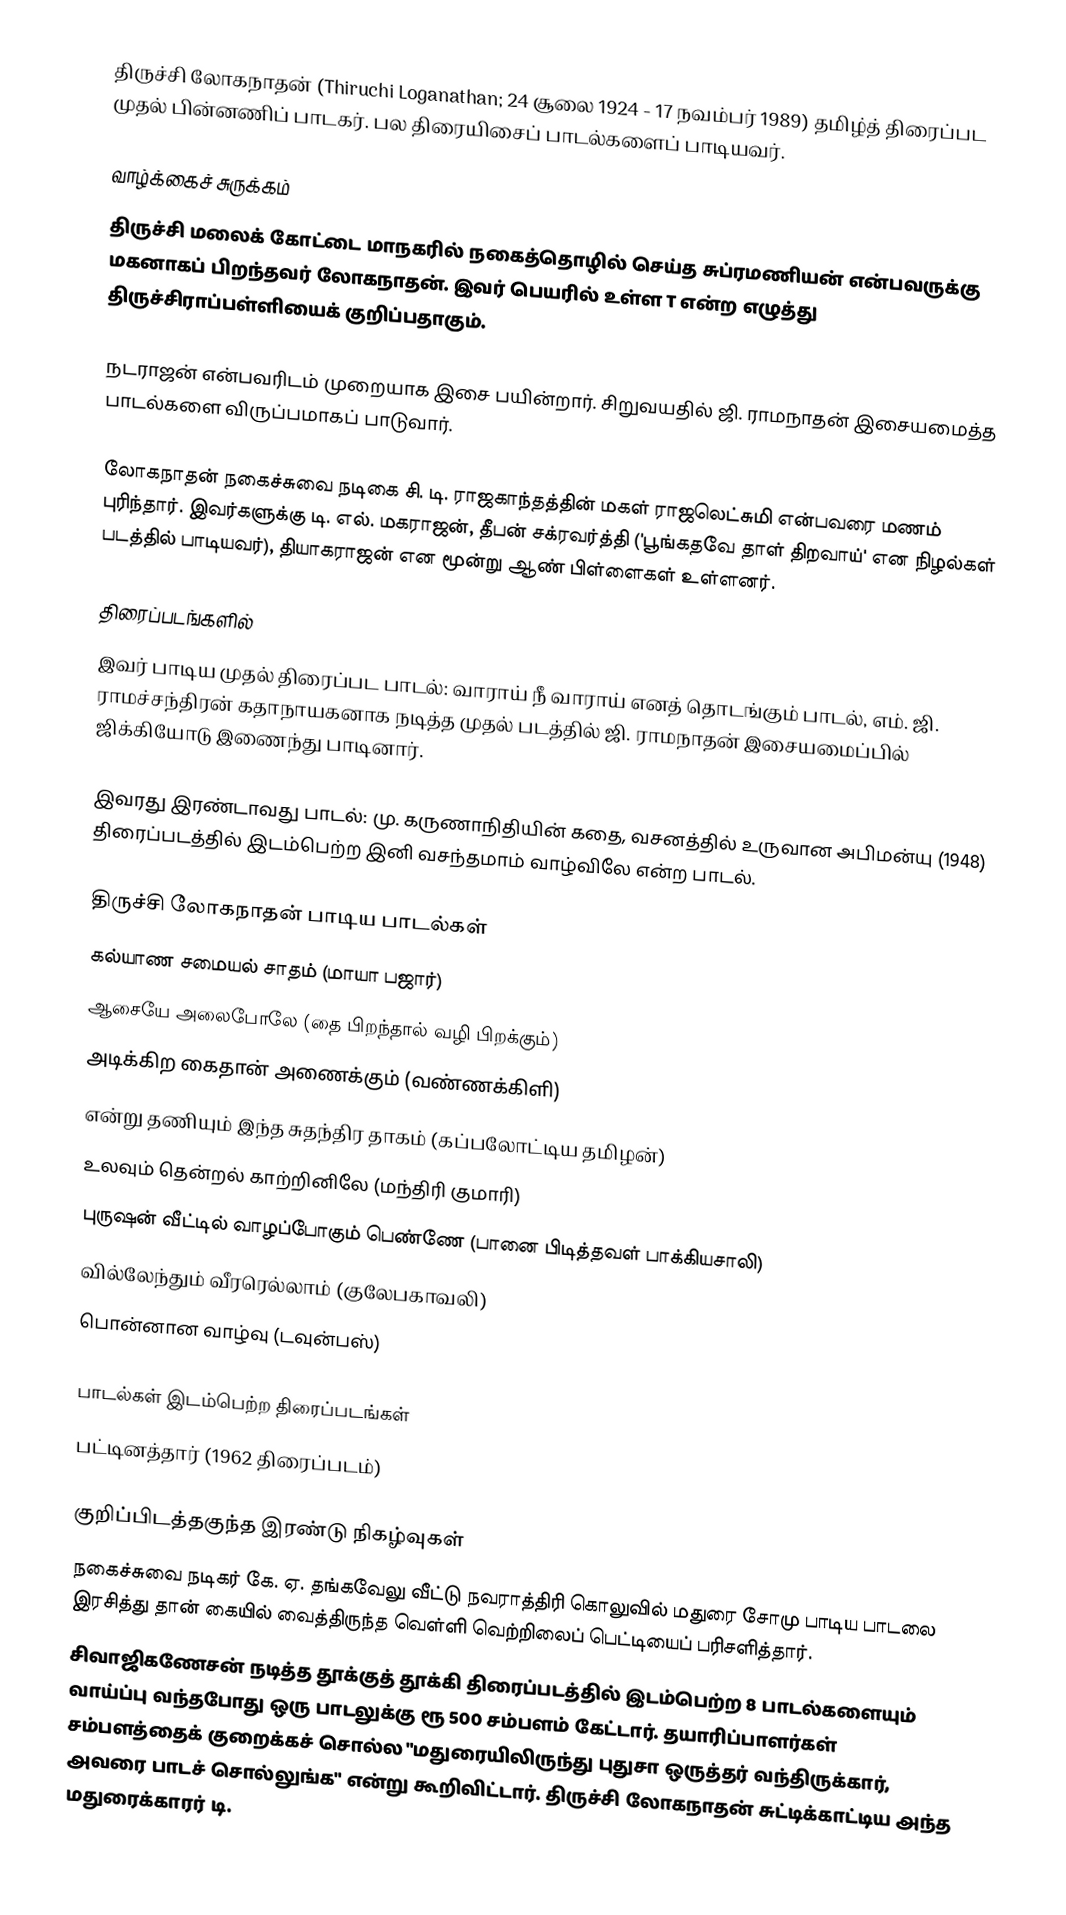
திருச்சி லோகநாதன் (Thiruchi Loganathan; 24 சூலை 1924 - 17 நவம்பர் 1989) தமிழ்த் திரைப்பட முதல் பின்னணிப் பாடகர். பல திரையிசைப் பாடல்களைப் பாடியவர்.

வாழ்க்கைச் சுருக்கம்
திருச்சி மலைக் கோட்டை மாநகரில் நகைத்தொழில் செய்த சுப்ரமணியன் என்பவருக்கு மகனாகப் பிறந்தவர் லோகநாதன். இவர் பெயரில் உள்ள T என்ற எழுத்து திருச்சிராப்பள்ளியைக் குறிப்பதாகும்.

நடராஜன் என்பவரிடம் முறையாக இசை பயின்றார். சிறுவயதில் ஜி. ராமநாதன் இசையமைத்த பாடல்களை விருப்பமாகப் பாடுவார்.

லோகநாதன் நகைச்சுவை நடிகை சி. டி. ராஜகாந்தத்தின் மகள் ராஜலெட்சுமி என்பவரை மணம் புரிந்தார். இவர்களுக்கு டி. எல். மகராஜன், தீபன் சக்ரவர்த்தி  ('பூங்கதவே தாள் திறவாய்' என நிழல்கள் படத்தில் பாடியவர்), தியாகராஜன் என மூன்று ஆண் பிள்ளைகள் உள்ளனர்.

திரைப்படங்களில்
இவர் பாடிய முதல் திரைப்பட பாடல்: வாராய் நீ வாராய் எனத் தொடங்கும் பாடல், எம். ஜி. ராமச்சந்திரன் கதாநாயகனாக நடித்த முதல் படத்தில் ஜி. ராமநாதன் இசையமைப்பில் ஜிக்கியோடு இணைந்து பாடினார்.

இவரது இரண்டாவது பாடல்: மு. கருணாநிதியின் கதை, வசனத்தில் உருவான அபிமன்யு (1948) திரைப்படத்தில் இடம்பெற்ற இனி வசந்தமாம் வாழ்விலே என்ற பாடல்.

திருச்சி லோகநாதன் பாடிய பாடல்கள்
கல்யாண சமையல் சாதம் (மாயா பஜார்)
ஆசையே அலைபோலே (தை பிறந்தால் வழி பிறக்கும்)
அடிக்கிற கைதான் அணைக்கும் (வண்ணக்கிளி)
என்று தணியும் இந்த சுதந்திர தாகம் (கப்பலோட்டிய தமிழன்)
உலவும் தென்றல் காற்றினிலே (மந்திரி குமாரி)
புருஷன் வீட்டில் வாழப்போகும் பெண்ணே (பானை பிடித்தவள் பாக்கியசாலி)
வில்லேந்தும் வீரரெல்லாம் (குலேபகாவலி)
பொன்னான வாழ்வு (டவுன்பஸ்)

பாடல்கள் இடம்பெற்ற திரைப்படங்கள்
 பட்டினத்தார் (1962 திரைப்படம்)

குறிப்பிடத்தகுந்த இரண்டு நிகழ்வுகள்
 நகைச்சுவை நடிகர் கே. ஏ. தங்கவேலு வீட்டு நவராத்திரி கொலுவில் மதுரை சோமு பாடிய பாடலை இரசித்து தான் கையில் வைத்திருந்த வெள்ளி வெற்றிலைப் பெட்டியைப் பரிசளித்தார்.
  சிவாஜிகணேசன் நடித்த தூக்குத் தூக்கி திரைப்படத்தில் இடம்பெற்ற 8 பாடல்களையும் வாய்ப்பு வந்தபோது ஒரு பாடலுக்கு ரூ 500 சம்பளம் கேட்டார். தயாரிப்பாளர்கள் சம்பளத்தைக் குறைக்கச் சொல்ல "மதுரையிலிருந்து புதுசா ஒருத்தர் வந்திருக்கார், அவரை பாடச் சொல்லுங்க" என்று கூறிவிட்டார். திருச்சி லோகநாதன் சுட்டிக்காட்டிய அந்த மதுரைக்காரர் டி.